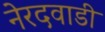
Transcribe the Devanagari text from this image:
नेरदवाडी